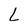
Character: L